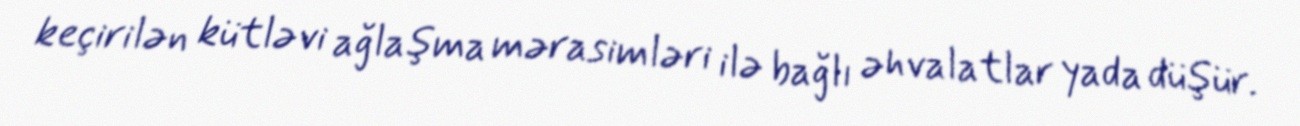
keçirilən kütləvi ağlaşma mərasimləri ilə bağlı əhvalatlar yada düşür.